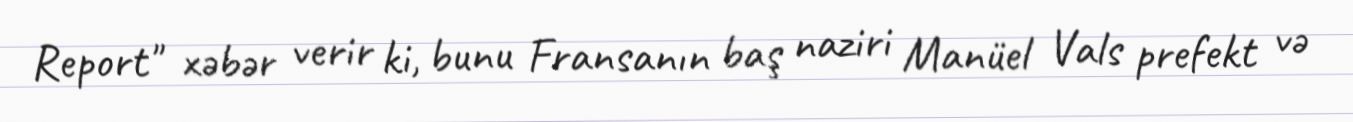
Report" xəbər verir ki, bunu Fransanın baş naziri Manüel Vals prefekt və